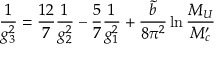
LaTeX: \frac { 1 } { g _ { 3 } ^ { 2 } } = \frac { 1 2 } { 7 } \frac { 1 } { g _ { 2 } ^ { 2 } } - \frac { 5 } { 7 } \frac { 1 } { g _ { 1 } ^ { 2 } } + \frac { \tilde { b } } { 8 \pi ^ { 2 } } \ln \frac { M _ { U } } { M _ { c } ^ { \prime } }